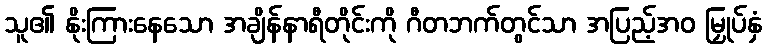
သူ၏ နိုးကြားနေသော အချိန်နာရီတိုင်းကို ဂီတဘက်တွင်သာ အပြည့်အဝ မြှုပ်နှံ